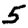
Digit: 5